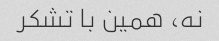
نه، همین با تشکر